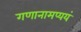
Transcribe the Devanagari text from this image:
गणानामप्ययं